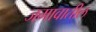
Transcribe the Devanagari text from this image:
जमावातील